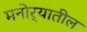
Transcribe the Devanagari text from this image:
मनोर्‍यातील